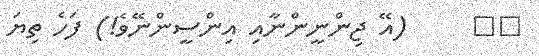
٢٣     (އޭ ޖިންނީންނާއި އިންސީންނޭވެ!) ފަހެ ތިޔަ